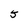
Character: 5